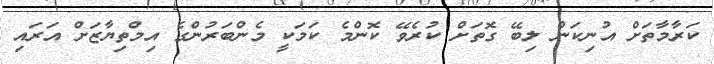
ކަރާމާތަށް އުނިކަން ލިބޭ ގޮތަށް ކުރެވޭ ކޮންމެ ކަމަކީ މެންބަރުންގެ އިމްތިޔާޒަށް އަރައި